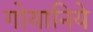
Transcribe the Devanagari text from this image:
गोयानिये